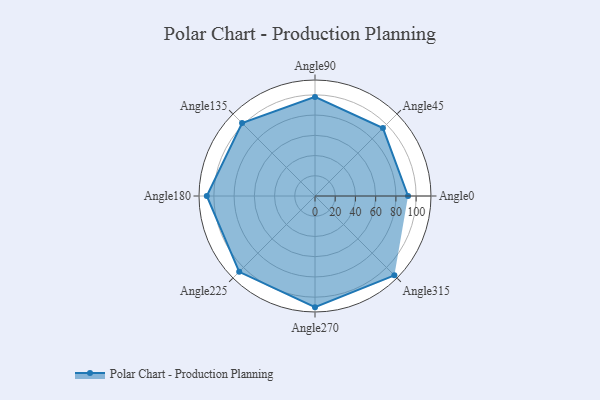
{"axis": {"x": "Angle", "y": "Radius"}, "legend": [""], "data": [{"x": "Angle0", "y": 92.0, "type": ""}, {"x": "Angle45", "y": 95.0, "type": ""}, {"x": "Angle90", "y": 98.0, "type": ""}, {"x": "Angle135", "y": 102.0, "type": ""}, {"x": "Angle180", "y": 107.0, "type": ""}, {"x": "Angle225", "y": 106.0, "type": ""}, {"x": "Angle270", "y": 110.0, "type": ""}, {"x": "Angle315", "y": 111.0, "type": ""}]}